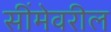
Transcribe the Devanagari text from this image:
सींमेवरील